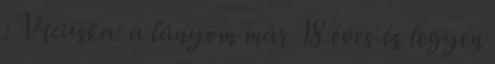
: Vicuska: a lányom már 18 éves és legyen